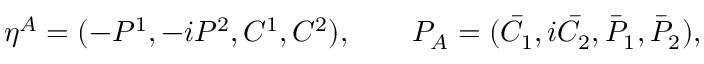
\eta ^ { A } = ( - { \cal P } ^ { 1 } , - i { \cal P } ^ { 2 } , { \cal C } ^ { 1 } , { \cal C } ^ { 2 } ) , \qquad { \cal P } _ { A } = ( { \bar { \cal C } } _ { 1 } , i { \bar { \cal C } } _ { 2 } , { \bar { \cal P } } _ { 1 } , { \bar { \cal P } } _ { 2 } ) ,